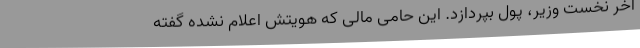
آخر نخست وزیر، پول بپردازد. این حامی مالی که هویتش اعلام نشده گفته